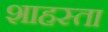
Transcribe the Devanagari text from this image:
शाहस्ता